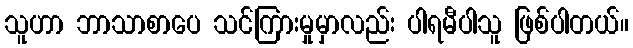
သူဟာ ဘာသာစာပေ သင်ကြားမှုမှာလည်း ပါရမီပါသူ ဖြစ်ပါတယ်။